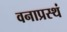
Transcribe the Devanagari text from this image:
वनाप्रस्थं